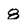
Character: 8